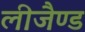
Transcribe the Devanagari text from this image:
लीजैण्ड